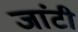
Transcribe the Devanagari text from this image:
जांटी